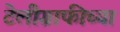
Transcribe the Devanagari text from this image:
टेलीग्राफीच्या